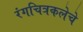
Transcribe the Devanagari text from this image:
रंगचित्रकलेचे